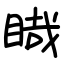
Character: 睵